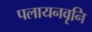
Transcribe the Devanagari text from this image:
पलायनवृनि